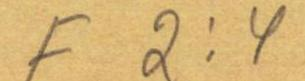
F 2:4